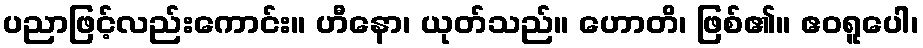
ပညာဖြင့်လည်းကောင်း။ ဟီနော၊ ယုတ်သည်။ ဟောတိ၊ ဖြစ်၏။ ဧဝရူပေါ၊